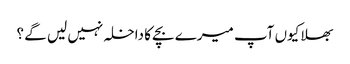
بھلا کیوں آپ میرے بچے کا داخلہ نہیں لیں گے ؟